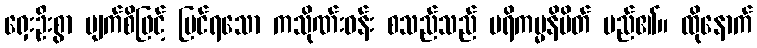
ရှေးဦးစွာ မျက်စိဖြင့် မြင်ရသော ကသိုဏ်းဝန်း စသည်သည် ပရိကမ္မနိမိတ် မည်၏။ ထိုနောက်